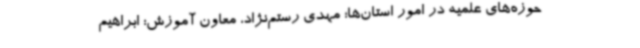
حوزه‌های علمیه در امور استان‌ها؛ مهدی رستم‌نژاد، معاون آموزش؛ ابراهیم